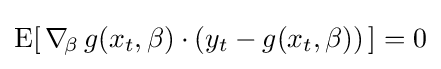
\operatorname {E} [\,\nabla _{\!\beta }\,g(x_{t},\beta )\cdot (y_{t}-g(x_{t},\beta ))\,]=0